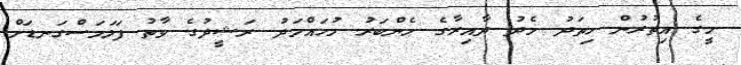
މީގެ އިތުރުން ހިތަދު މެދު ދާއިރާގެ މެންބަރު މުހައްމަދު ރަޝީދުގެ ވާތު ފަލަމަސްގަނޑަށް